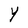
Character: Y